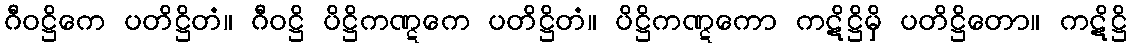
ဂီဝဋ္ဌိကေ ပတိဋ္ဌိတံ။ ဂီဝဋ္ဌိ ပိဋ္ဌိကဏ္ဋကေ ပတိဋ္ဌိတံ။ ပိဋ္ဌိကဏ္ဋကော ကဋိဋ္ဌိမှိ ပတိဋ္ဌိတော။ ကဋိဋ္ဌိ